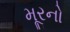
મૂરનો